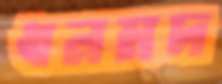
ধনমদ